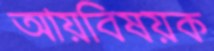
আয়বিষয়ক